Indian journal of veterinary science and animal husbandry - Volumes 26-27, 1956-1957
Year: 1956
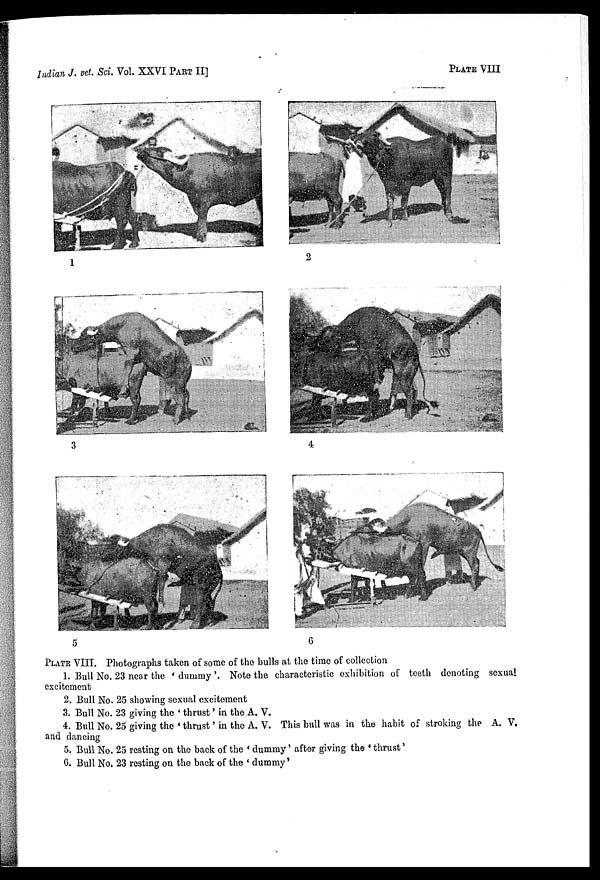
Indian J. vet. Sci. Vol. XXVI PART II]
PLATE VIII
PLATE VIII. Photographs taken of some of the bulls at the time of collection
1. Bull No. 23 near the ' dummy '. Note the characteristic exhibition of teeth denoting sexual
excitement
2. Bull No. 25 showing sexual excitement
3. Bull No. 23 giving the ' thrust' in the A. V.
4. Bull No. 25 giving the ' thrust' in the A. V. This bull was in the habit of stroking the A. V.
and dancing
5. Bull No. 25 resting on the back of the ' dummy' after giving the ' thrust'
6. Bull No. 23 resting on the back of the ' dummy'